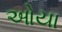
ઓયા